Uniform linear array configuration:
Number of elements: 24
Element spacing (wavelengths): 1
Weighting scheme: uniform
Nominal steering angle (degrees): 60
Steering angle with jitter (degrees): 59.491
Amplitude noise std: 0.05
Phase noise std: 0.05

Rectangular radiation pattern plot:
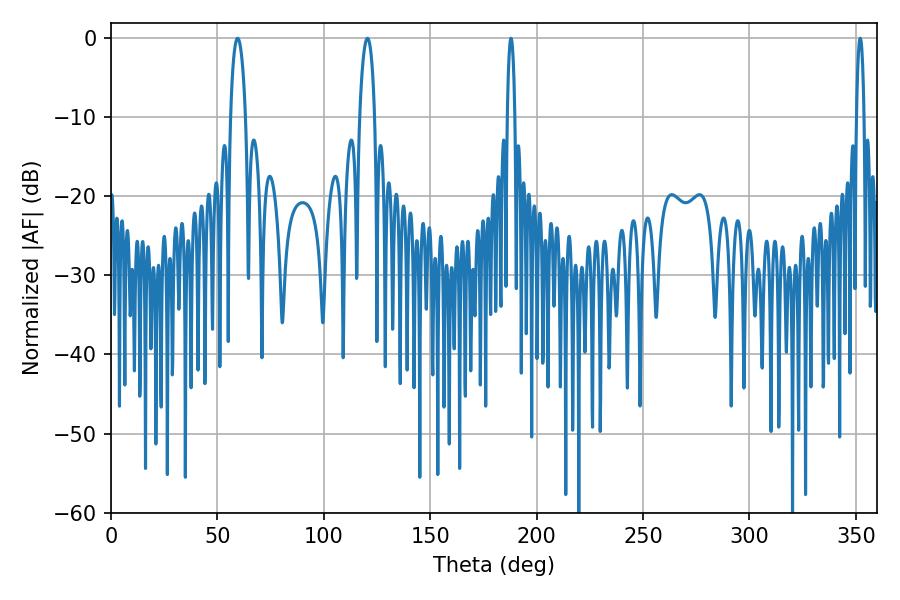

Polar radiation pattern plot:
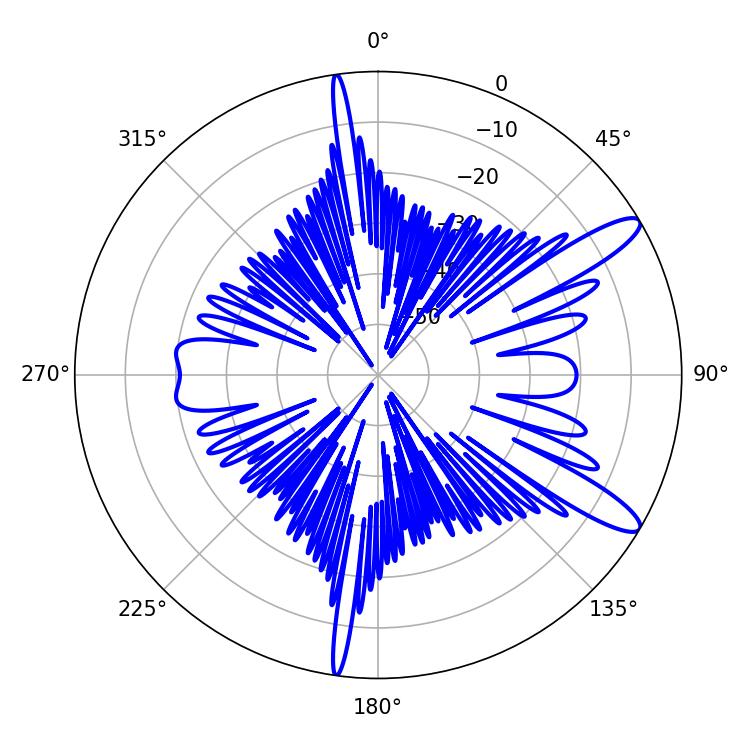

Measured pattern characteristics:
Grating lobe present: TRUE
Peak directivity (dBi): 12.044
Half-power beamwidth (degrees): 1.98
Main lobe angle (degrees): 187.92